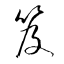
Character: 笈